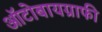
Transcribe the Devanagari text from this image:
ऑटोबायग्राफी